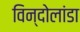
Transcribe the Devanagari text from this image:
विन्दोलांडा